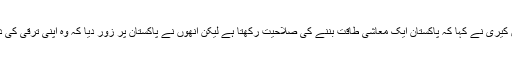
اس موقع پر امریکہ کے سیکریٹری خارجہ جان کیری نے کہا کہ پاکستان ایک معاشی طاقت بننے کی صلاحیت رکھتا ہے لیکن انھوں نے پاکستان پر زور دیا کہ وہ اپنی ترقی کی دوڑ میں خواتین اوع اقلیتیوں کو بھی شامل کریں۔